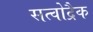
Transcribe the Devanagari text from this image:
सत्वोद्रैक